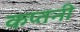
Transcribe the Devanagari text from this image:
कप्तनी